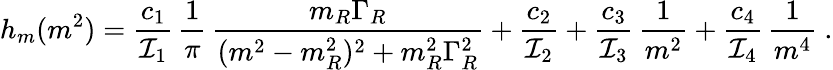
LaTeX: h_{m}(m^{2})=\frac{c_{1}}{{\cal I}_{1}}\, \frac{1}{\pi}\, \frac{m_{R}\Gamma_{R}}{(m^{2}-m_{R}^{2})^{2}+m_{R}^{2}\Gamma_{R}^{2}}+\frac{c_{2}}{{\cal I}_{2}}+\frac{c_{3}}{{\cal I}_{3}}\, \frac{1}{m^{2}}+\frac{c_{4}}{{\cal I}_{4}}\, \frac{1}{m^{4}}~.